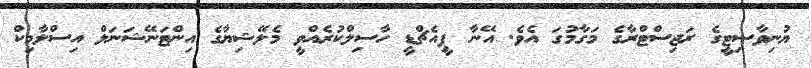
ޔުނިވާސިޓީގެ ރަޖިސްޓްރާގެ މަގާމުގަ އެވެ. އޭނާ ޕީއެޗްޑީ ހާސިލްކުރެއްވީ މެލޭޝިޔާގެ އިންޓަނޭޝަނަލް އިސްލާމިކް